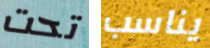
تحت يناسب